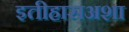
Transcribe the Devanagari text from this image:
इतीहासअशा